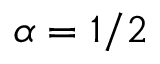
\alpha = 1 / 2